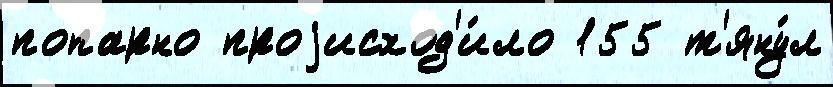
попарно проjисход'и́ло 155 т'яну́л